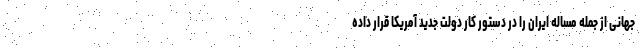
جهانی از جمله مساله ایران را در دستور کار دولت جدید آمریکا قرار داده